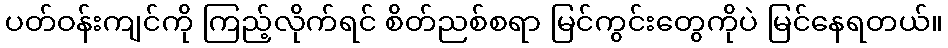
ပတ်ဝန်းကျင်ကို ကြည့်လိုက်ရင် စိတ်ညစ်စရာ မြင်ကွင်းတွေကိုပဲ မြင်နေရတယ်။